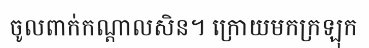
ចូលពាក់កណ្តាលសិន។ ក្រោយមកក្រឡុក